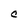
Character: C